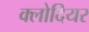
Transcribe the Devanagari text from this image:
क्लोदियर